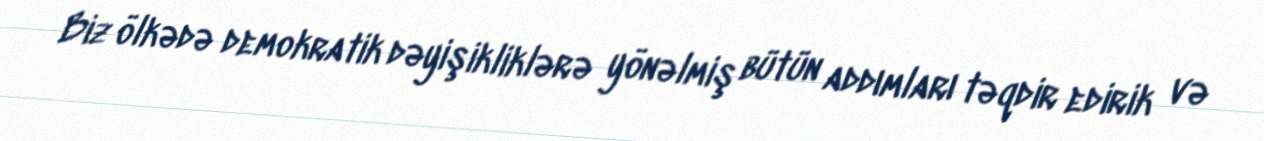
Biz ölkədə demokratik dəyişikliklərə yönəlmiş bütün addımları təqdir edirik və